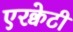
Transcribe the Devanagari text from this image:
एरक्वेटी